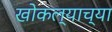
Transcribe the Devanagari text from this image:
खोकल्याच्या